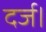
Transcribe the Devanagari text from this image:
दर्ज।